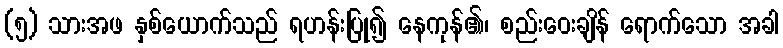
(၅) သားအဖ နှစ်ယောက်သည် ရဟန်းပြု၍ နေကုန်၏၊ စည်းဝေးချိန် ရောက်သော အခါ